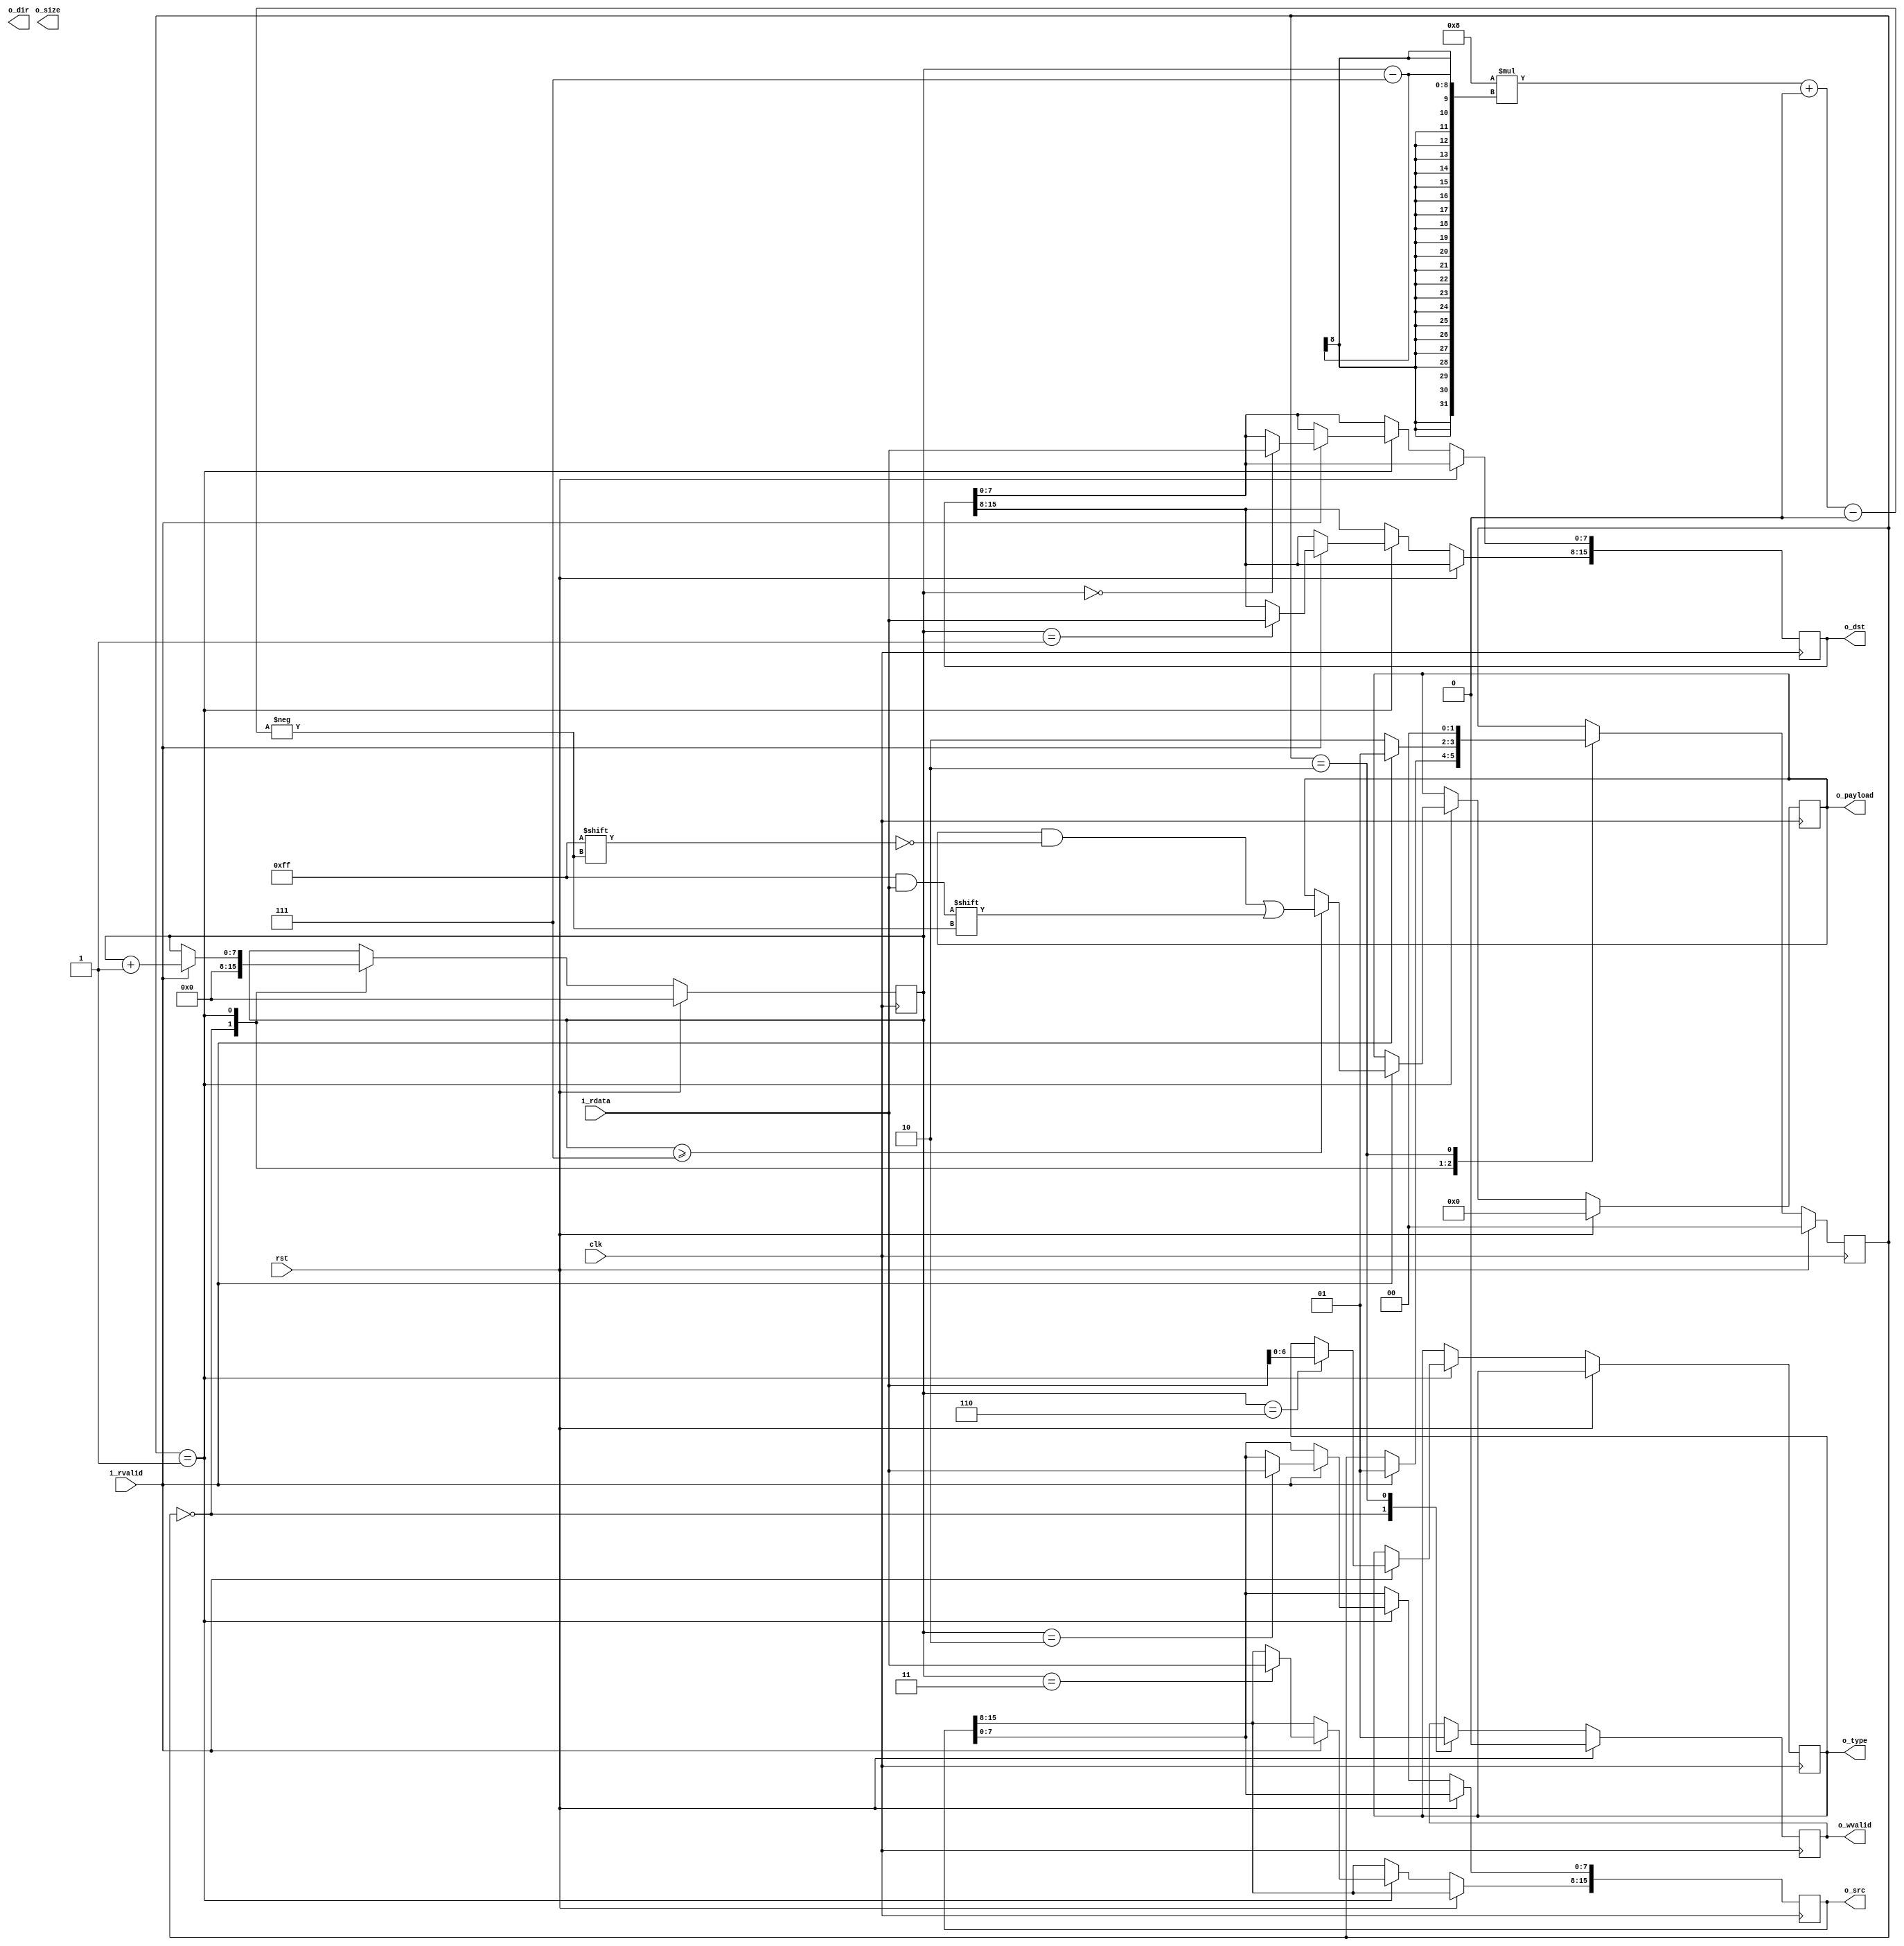
module frame_decoder (
    input   wire            clk,
    input   wire            rst,

    input   wire [7:0]      i_rdata,
    input   wire            i_rvalid,

    output reg  [15:0]      o_dst,
    output reg  [15:0]      o_src,
    output wire [15:0]      o_size,
    output wire             o_dir,
    output reg [6:0]       o_type,
    output reg [335:0]     o_payload,

    output reg              o_wvalid
);

localparam MHP_FRAME_LEN    = 51;

localparam IDLE             = 2'b00;
localparam FRAME_RECEIVE    = 2'b01;
localparam FRAME_RECEIVED   = 2'b10;

// reg [MHP_FRAME_LEN*8-1:0] frame;
reg [1:0] state;
reg [7:0] ctr;

always @(posedge clk) begin
    if (rst) begin
        // frame <= {(MHP_FRAME_LEN*8){1'b0}};
        state <= IDLE;
        o_wvalid <= 1'b0;
        ctr <= 0;
        o_payload <= 336'h0;
    end else begin
        case (state)
            IDLE: begin
                ctr <= 0;
                o_wvalid <= 1'b0;
                if (i_rvalid) begin
                    state <= FRAME_RECEIVE;
                end
            end
            FRAME_RECEIVE: begin
                if (i_rvalid) begin
                    ctr <= ctr + 1;
                    state <= FRAME_RECEIVE;
                    // frame <= (frame << 8) | i_rdata;
                    if (ctr == 0) o_dst[7:0] <= i_rdata;
                    if (ctr == 1) o_dst[15:8] <= i_rdata;
                    if (ctr == 2) o_src[7:0] <= i_rdata;
                    if (ctr == 3) o_src[15:8] <= i_rdata;
                    if (ctr == 6) o_type[6:0] <= i_rdata;
                    if (ctr >= 7) o_payload[8*(ctr-7) +:8] <= i_rdata;
                end
                else begin
                    state <= FRAME_RECEIVED;
                end
            end
            FRAME_RECEIVED: begin
                state <= IDLE;
                o_wvalid <= 1'b1;
            end
        endcase
    end
end

endmodule